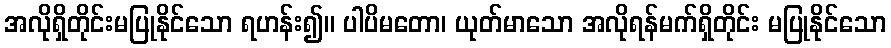
အလိုရှိတိုင်းမပြုနိုင်သော ရဟန်း၍။ ပါပိမတော၊ ယုတ်မာသော အလိုရန်မက်ရှိတိုင်း မပြုနိုင်သော